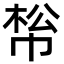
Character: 𢃪